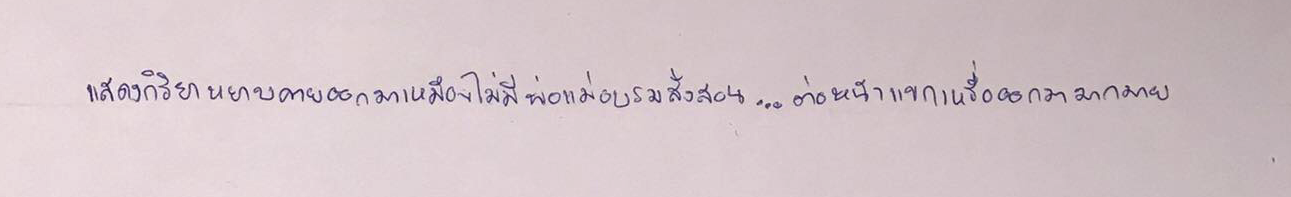
แสดงกิริยาหยาบคายออกมาเหมือนไม่มีพ่อแม่อบรมสั่งสอน...ต่อหน้าแขกเหรื่อออกมากมาย